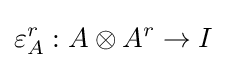
\varepsilon _{A}^{r}:A\otimes A^{r}\to I